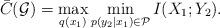
LaTeX: \begin{align*}\bar{C}(\mathcal G)=\max_{q(x_1)}\min_{p(y_2|x_1)\in \mathcal{P}}I(X_1;Y_2).\end{align*}